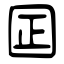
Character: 囸